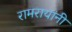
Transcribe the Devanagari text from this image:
रामरायांनी